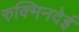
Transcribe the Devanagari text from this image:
रुक्मिनदेई